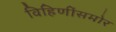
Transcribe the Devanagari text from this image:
विहिणींसमोर